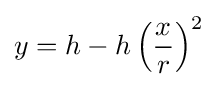
y=h-h\left({\frac {x}{r}}\right)^{2}